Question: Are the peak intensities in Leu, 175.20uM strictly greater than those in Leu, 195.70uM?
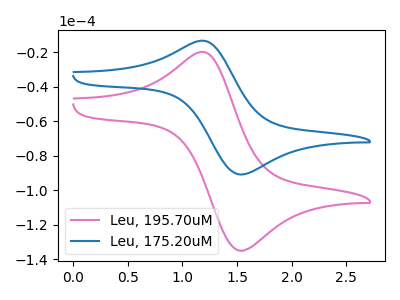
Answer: <think>The pink curve "Leu, 195.70uM" has an anodic peak at (1.20V, -20.10uA) and a cathodic peak at (1.55V, -135.05uA). The blue curve "Leu, 175.20uM" has an anodic peak at (1.20V, -13.55uA) and a cathodic peak at (1.55V, -90.85uA).</think>
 <answer>The peaks in "Leu, 175.20uM" are neither all higher or all lower than the peaks in "Leu, 195.70uM".</answer>
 <eval>mixed</eval>